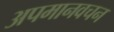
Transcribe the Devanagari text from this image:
अपमानवचन